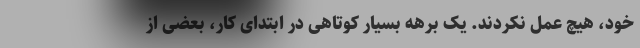
خود، هیچ عمل نکردند. یک برهه بسیار کوتاهی در ابتدای کار، بعضی از